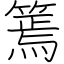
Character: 篶